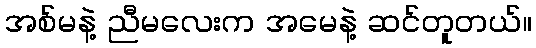
အစ်မနဲ့ ညီမလေးက အမေနဲ့ ဆင်တူတယ်။